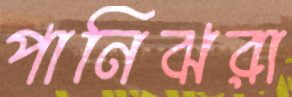
পানিঝরা